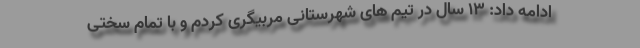
ادامه داد: 13 سال در تیم های شهرستانی مربیگری کردم و با تمام سختی